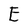
Character: E